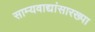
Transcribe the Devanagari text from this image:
साम्यवाद्यांसारख्पा